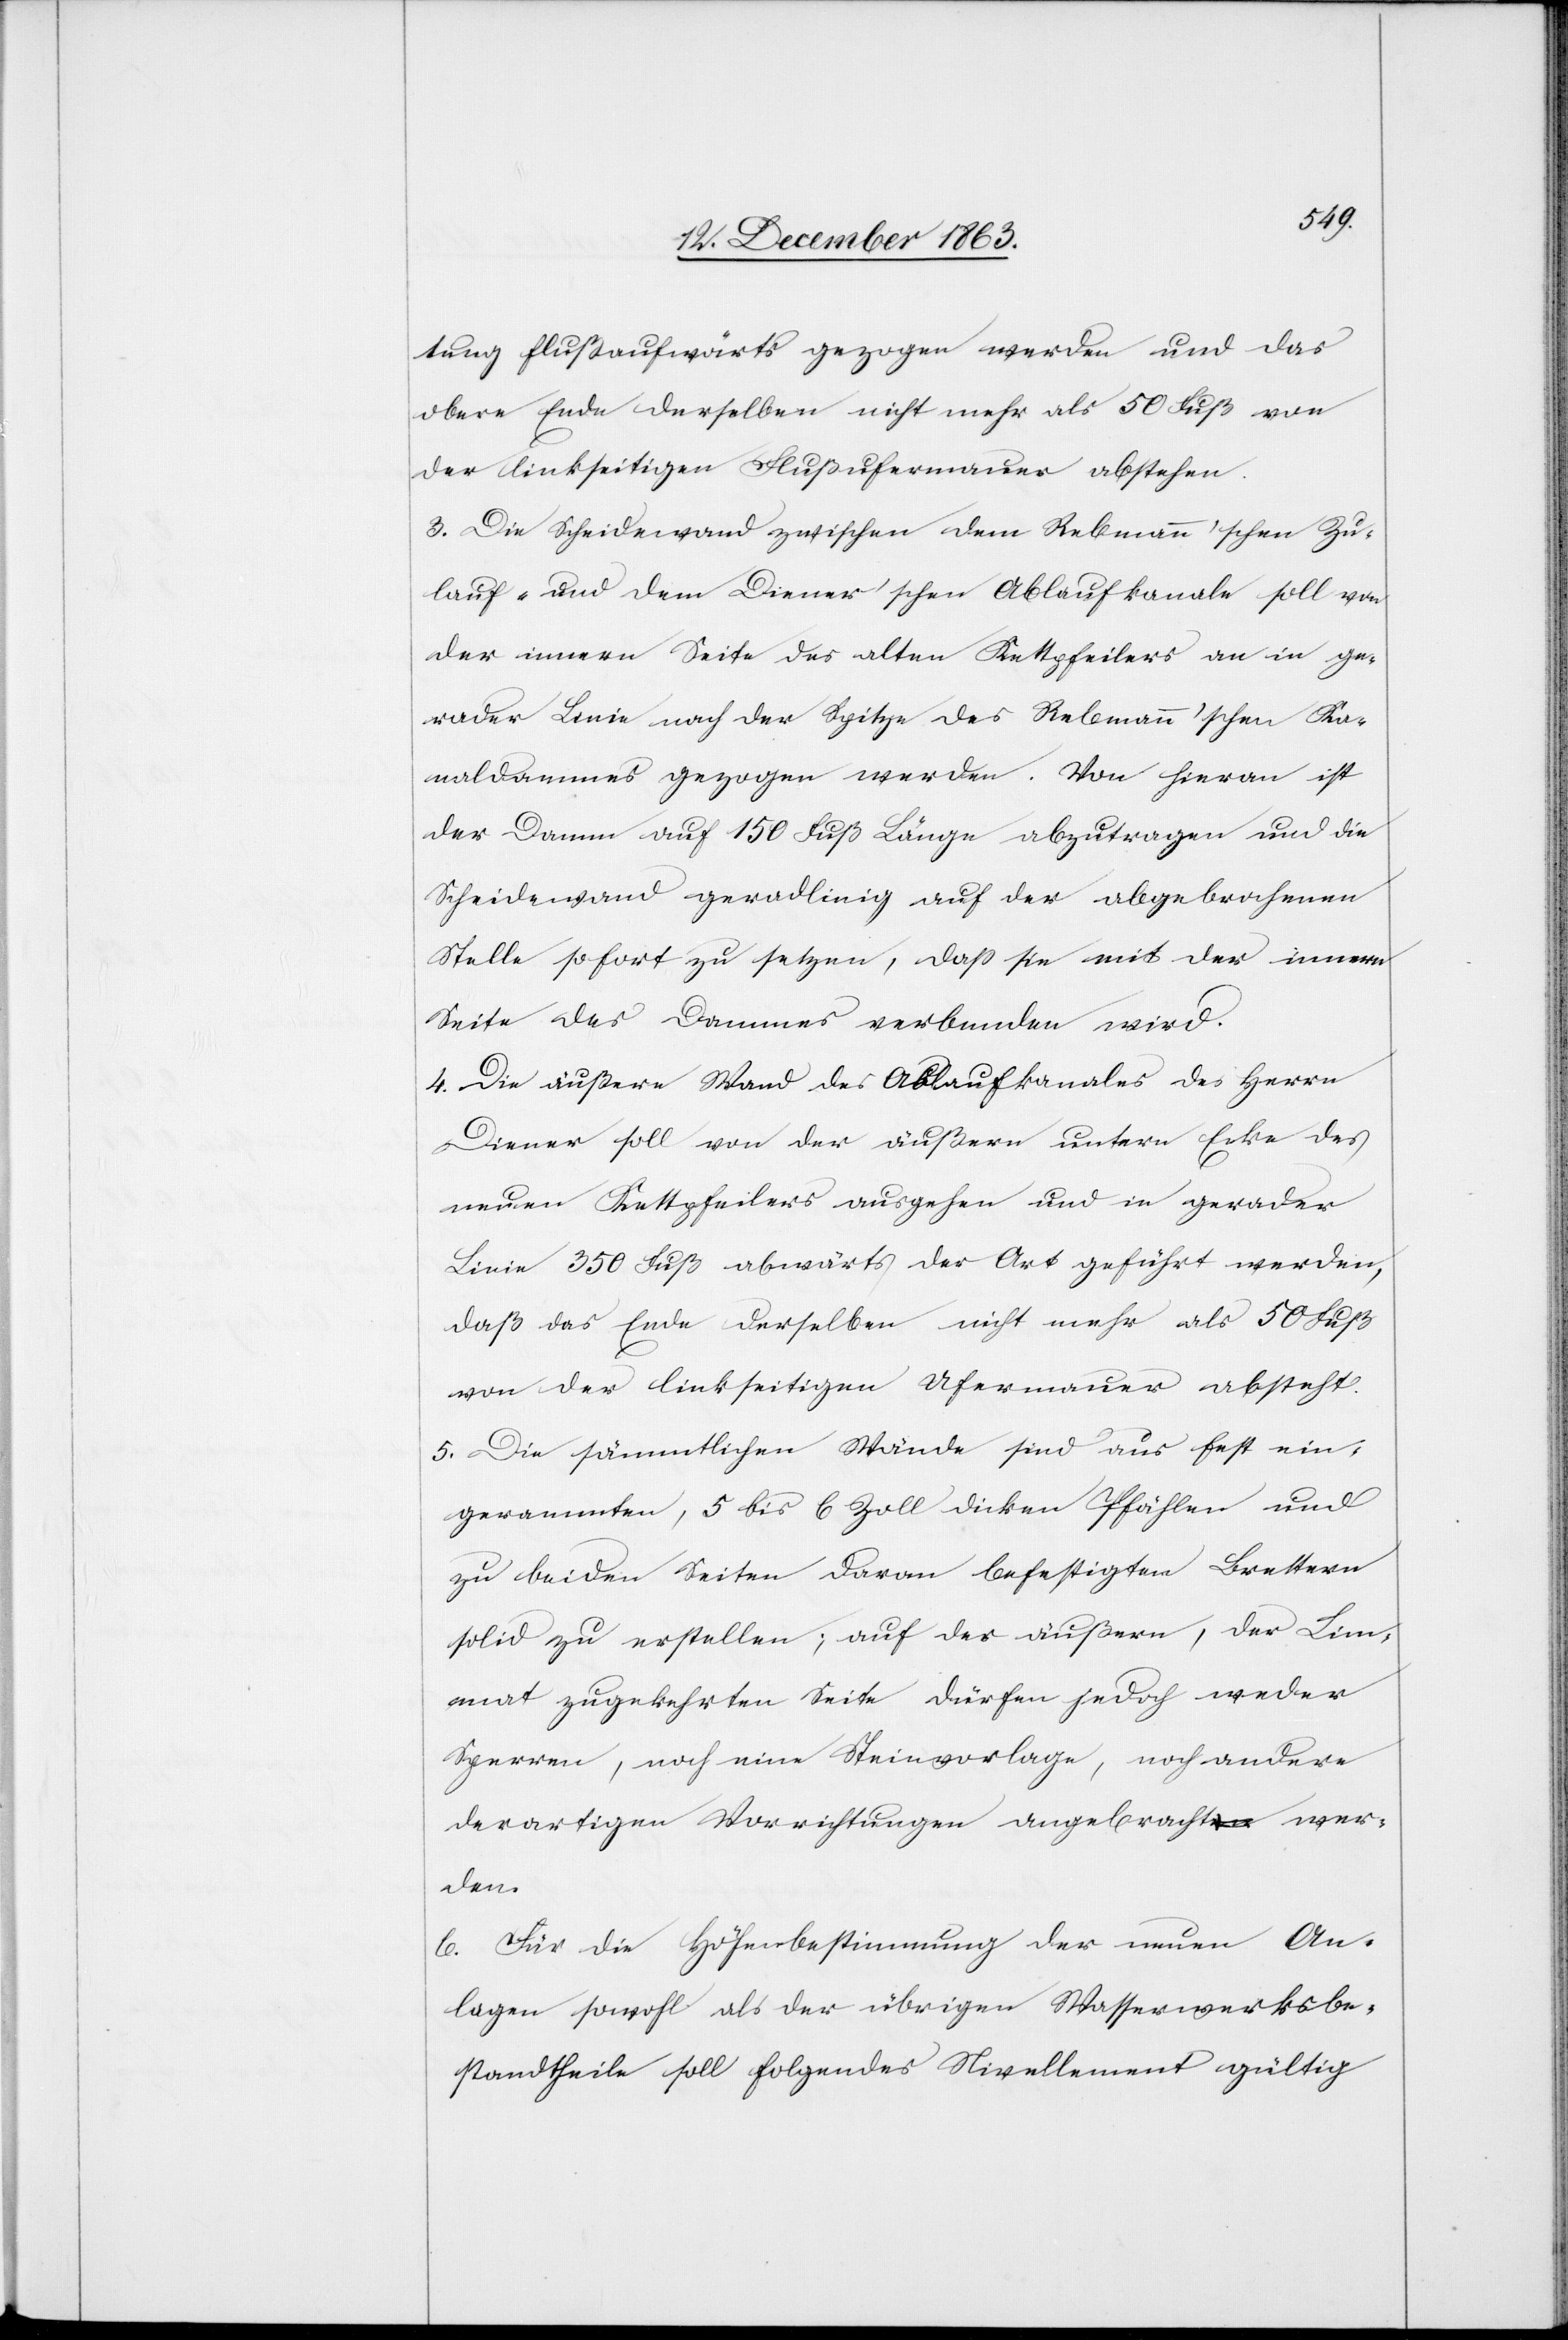
tung flußaufwärts gezogen werden und das
obere Ende derselben nicht mehr als 50 Fuß von
der linkseitigen Flußufermauer abstehen.
3. Die Scheidewand zwischen dem Rebmann'schen Zu¬
lauf- und dem Diener'schen Ablaufkanale soll von
der innern Seite des alten Kettpfeilers an in ge¬
rader Linie nach der Spitze des Rebmann'schen Ka¬
naldammes gezogen werden. Von hieran ist
der Damm auf 150 Fuß Länge abzutragen und die
Scheidewand geradlinig auf der abgebrochenen
Stelle sofort zu setzen, dass sie mit der innern
Seite des Dammes verbunden wird.
4. Die äußere Wand des Ablaufkanales des Herrn
Diener soll von der äußern untern Ecke des
neuen Kettpfeilers ausgehen und in gerader
Linie 350 Fuß abwärts der Art geführt werden,
daß das Ende derselben nicht mehr als 50 Fuß
von der linkseitigen Ufermauer absteht.
5. Die sämmtlichen Wände sind aus fest ei¬
gerammten, 5 bis 6 Zoll dicken Pfählen und
zu beiden Seiten daran befestigten Brettern
solid zu erstellen; auf der äußern, der Lim¬
mat zugekehrten Seite dürfen jedoch weder
Sperren, noch eine Steinvorlage, noch andere
derartigen Vorrichtungen angebracht wer¬
den.
6. Für die Höhenbestimmung der neuen An¬
lagen sowohl als der übrigen Wasserwerksbe¬
standtheile soll folgendes Nivellement gültig